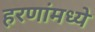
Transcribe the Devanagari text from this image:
हरणांमध्ये